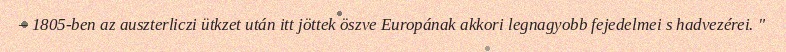
– 1805-ben az auszterliczi ütkzet után itt jöttek öszve Europának akkori legnagyobb fejedelmei s hadvezérei. "